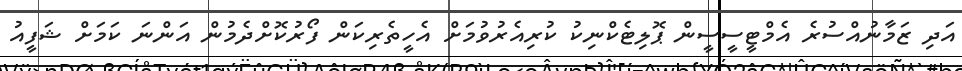
އަދި ޒަމާނުއްސުރެ އެމްޓީސީސީން ޕޮލިޓެކްނިކު ކުރިއެރުވުމަށް އެހީތެރިކަން ފޯރުކޮށްދެމުން އަންނަ ކަމަށް ޝަފީއު